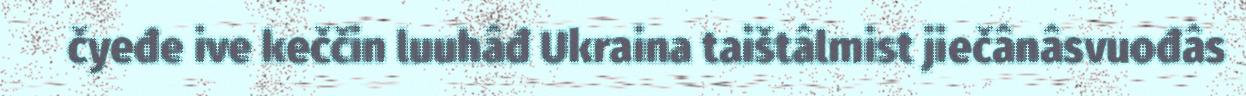
čyeđe ive keččin luuhâđ Ukraina taištâlmist jiečânâsvuođâs